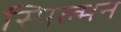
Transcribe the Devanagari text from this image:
स्पिल्मन